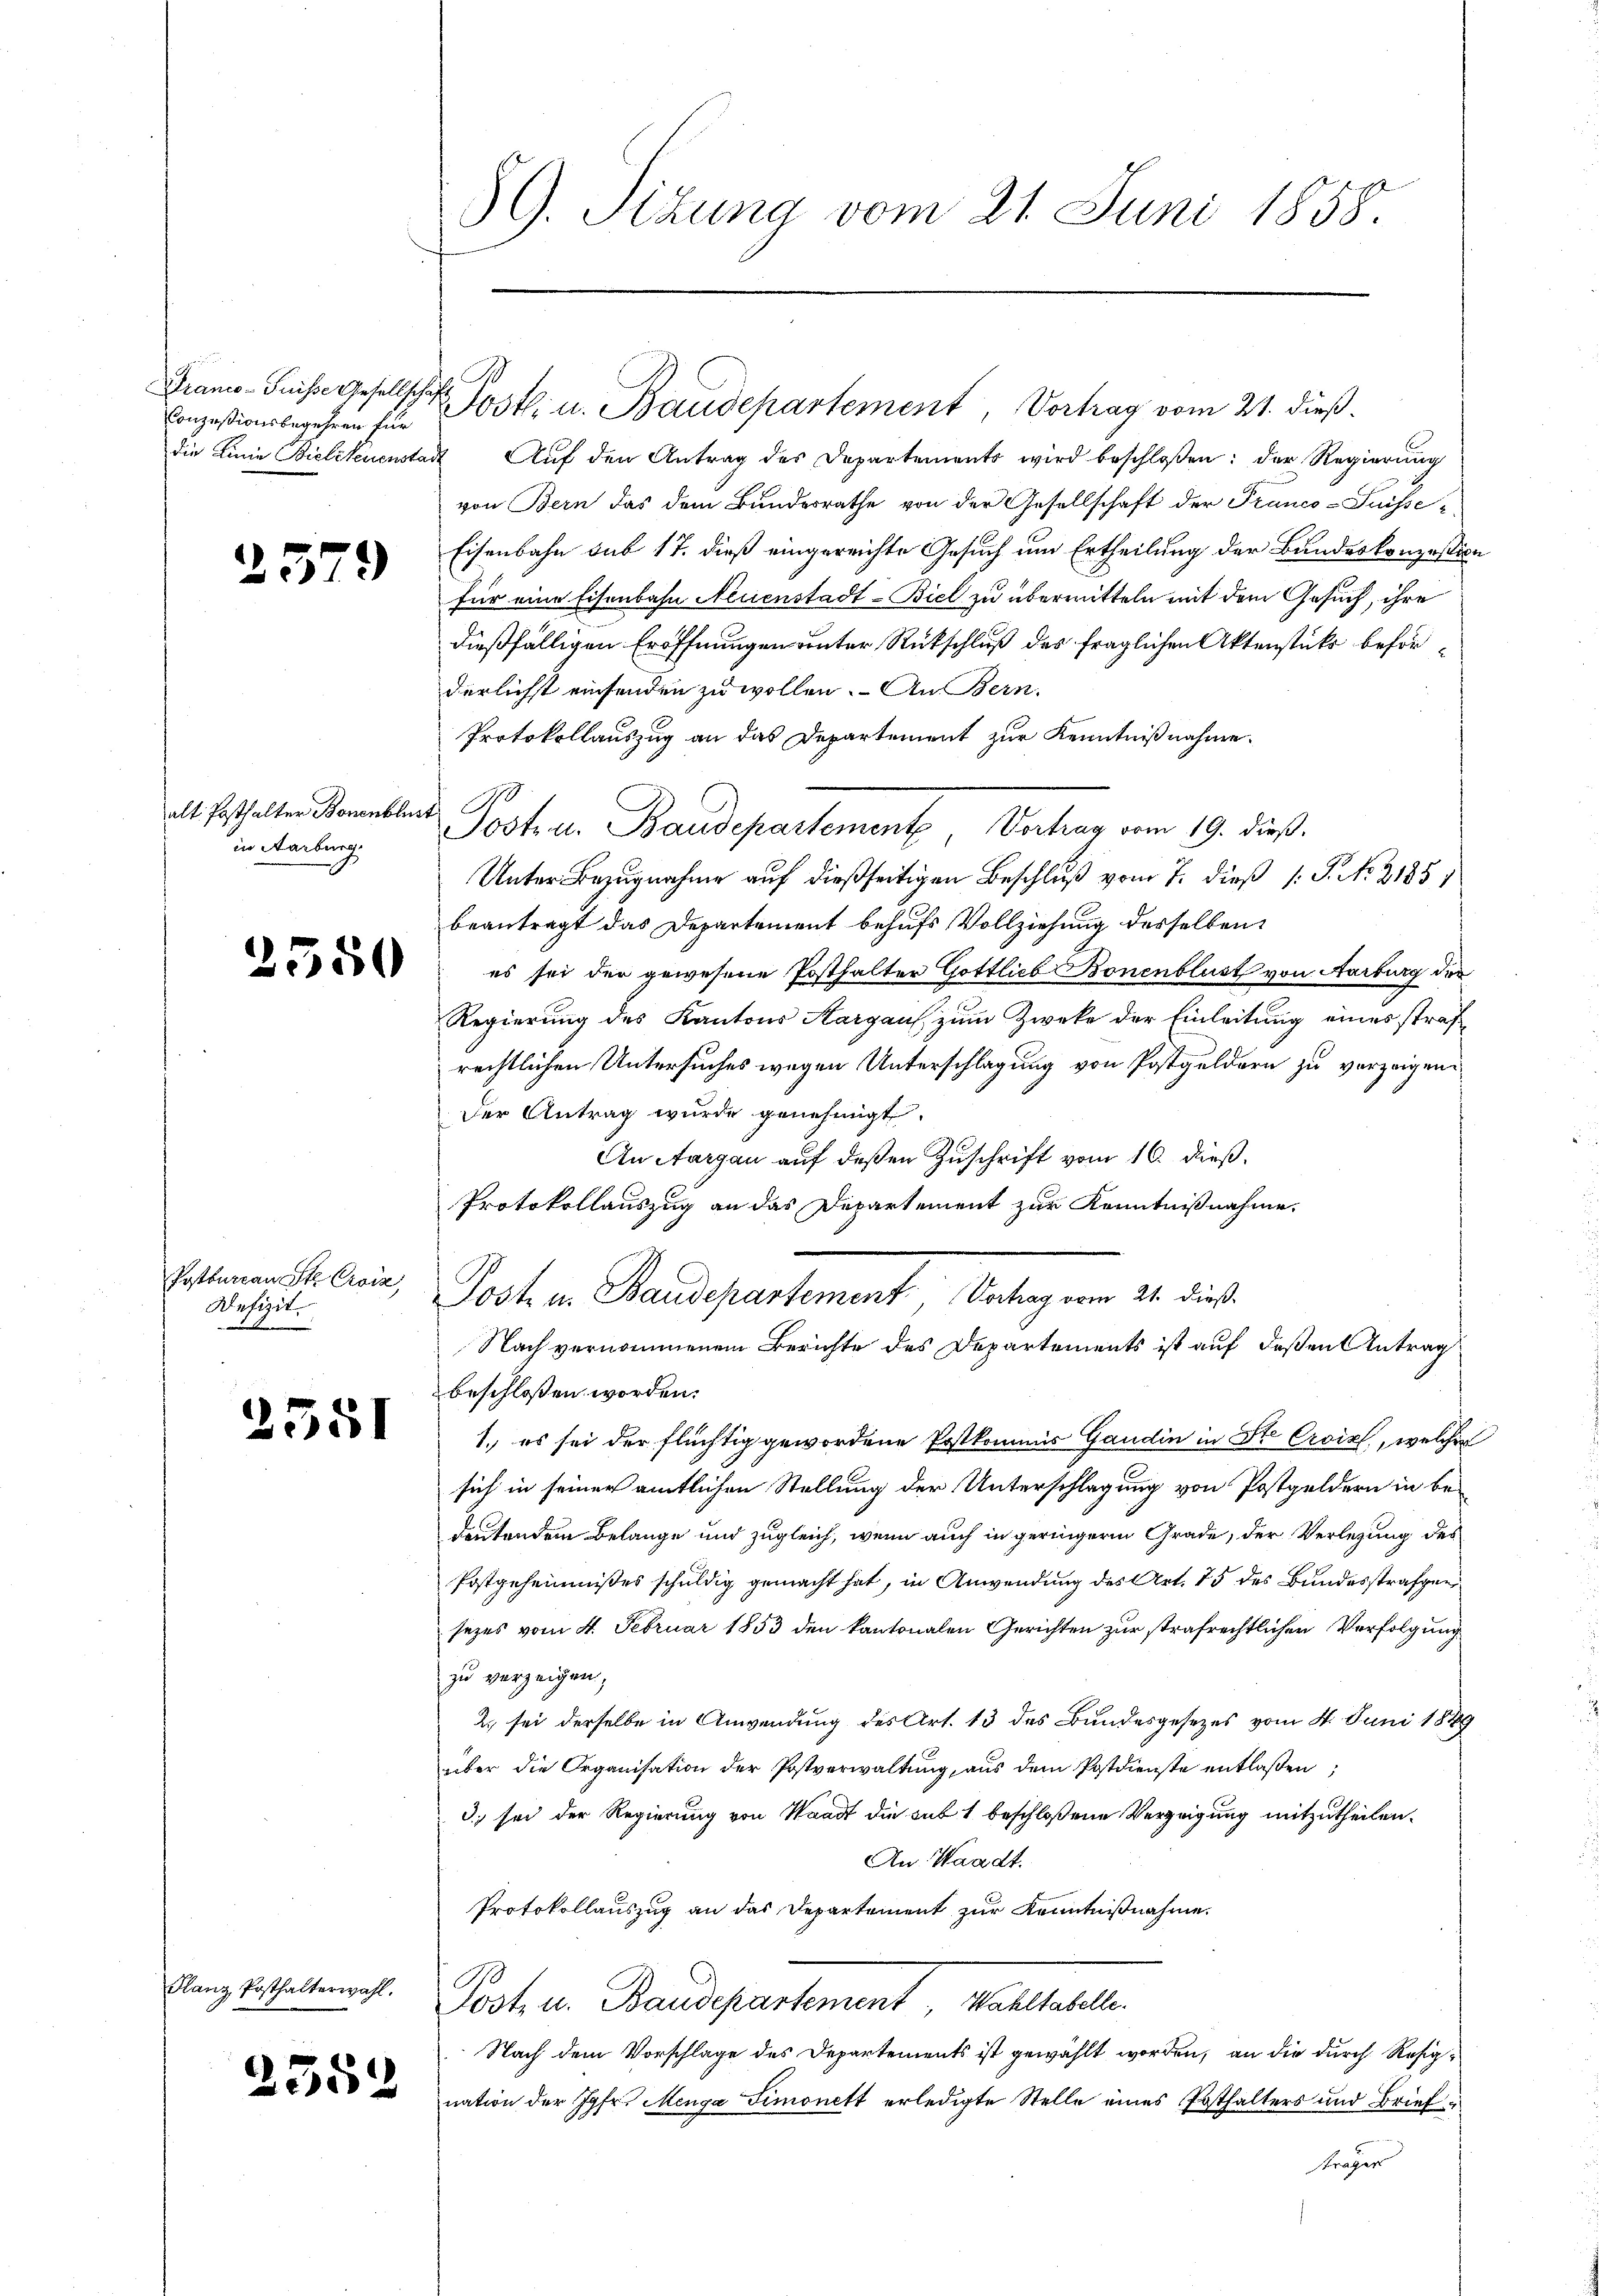
Franco- Puisse Gesellschaf
Conzesionsbegehren für

.

25.

2)

alt. Posthalter Bonenblust
in Aarburg

2550

Postbureau St. Croiz
Wetzit

2381

Flanz Posthalterwahl.

2552

59. Sizung vom 21. Juni 1858.

Postlin. Baudepartement, Vortrag vom 21. dieß.

die Linie Bielsteienstadt Auf den Antrag des Departements wird beschloßen: der Regierung
von Bern das dem Bundesrathe von der Gesellschaft der Pranco-Suisse
Eisenbahn sub 17. dieß eingereichte Gesuch um Ertheilung der Bundeskonzession
für eine Eisenbahn Neuenstadt-Biel zu übermitteln mit dem Gesuch, ihre
dießfälligen Eröffnungen unter Rückschluß des fraglichen Aktenstück beförderlichst einsenden zu wollen. An Bern.
Protokollauszug an das Departement zur Kenntnißnahme.
Unter Bezugnahme auf dießseitigen Beschluß vom 7. dieß (: P. N. 21851
beantragt das Departement behufs Vollziehung desselben
es sei der gewesene Posthalter Gottlieb Bonenblust von Aarburg der
Regierung des Kantons Aargau, zum Zwecke der Einleitung eines strafrechtlichen Untersuches wegen Unterschlagung von Postgeldern zu vorzeigen.
Der Antrag wurde genehmigt.
An Aargau auf deßen Zuschrift vom 16. dieß.
Protokollauszug an das Departement zur Kenntnißnahme.
Post u. Baudepartement Vortrag vom 21. dieß.
Nach vernommenen Berichte des Departements ist auf deßen Antrag
beschlossen worden.
1. es sei der flüchtig gewordene Postkommis Gaudin in Ste Croix, welcher
sich in seiner amtlichen Stellung der Unterschlagung von Postgeldern in bedeutendem Belange und zugleich, wenn auch in geringeren Grade, der Verlegung des
Postgeheimnißes schuldig gemacht hat, in Anwendung des Art. 15 des Bundesstrafger
sezes vom 4. Februar 1853 den kantonalen Gerichten zur strafrechtlichen Verfolgung
zu verzeigen,
2. sei derselbe in Anwendung des Art. 13 des Bundesgesezes vom 4. Juni 1889
über die Organisation der Postverwaltung, aus dem Postdienste entlaßen,
3) sei der Regierung von Waadt die sub 1 beschloßene Verzeigung mitzutheilen.
An Waadt.
Protokollauszug an das Departement zur Kenntnißnahme.
Post u. Baudepartement
Nach dem Vorschlage des Departements ist gewählt worden, an die durch Resignation der Jgfr. Menga Simonett erledigte Stelle eines Posthalters und Brief
Kragen

No
Sostra Baudepartement. Vertrag vom 19. dieß.